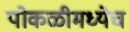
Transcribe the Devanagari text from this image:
पोकळीमध्येच